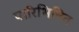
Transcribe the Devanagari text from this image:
पारिभिषित